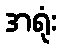
အရုံး